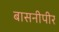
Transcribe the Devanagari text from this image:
बासनीपीर